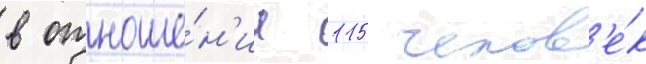
в отноше́н'ии 115 челов'е́к